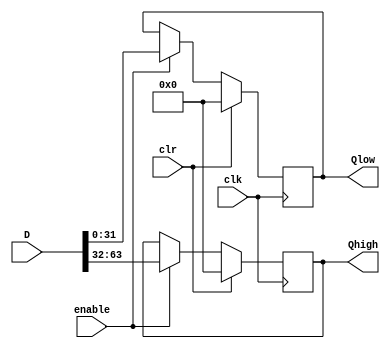
module reg64bit(clr, clk, enable, D, Qhigh, Qlow);
	input clr, clk, enable;
	input [63:0]D;
	output reg [31:0]Qhigh, Qlow;

	
	always @(posedge clk) begin
		if (clr) begin
			Qlow <= 0;
			Qhigh <= 0;
		end else if (enable) begin
			Qlow <= D[31:0];
			Qhigh <= D[63:32];
		end
	end
endmodule